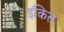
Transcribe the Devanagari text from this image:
इंकित